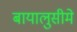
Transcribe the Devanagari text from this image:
बायालुसीमे